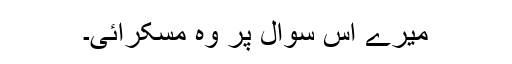
میرے اس سوال پر وہ مسکرائی۔